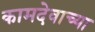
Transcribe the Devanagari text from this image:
कामदेवाच्या